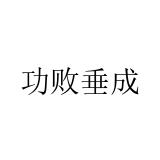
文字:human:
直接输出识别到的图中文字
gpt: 功败垂成